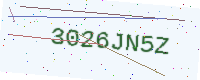
Text: 3026JN5Z